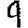
Digit: 9